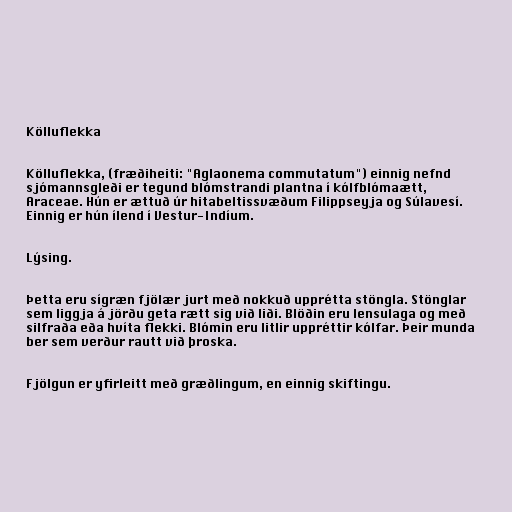
Kölluflekka

Kölluflekka, (fræðiheiti: "Aglaonema commutatum") einnig nefnd
sjómannsgleði er tegund blómstrandi plantna í kólfblómaætt,
Araceae. Hún er ættuð úr hitabeltissvæðum Filippseyja og Súlavesí.
Einnig er hún ílend í Vestur-Indíum.

Lýsing.

Þetta eru sígræn fjölær jurt með nokkuð upprétta stöngla. Stönglar
sem liggja á jörðu geta rætt sig við liði. Blöðin eru lensulaga og með
silfraða eða hvíta flekki. Blómin eru litlir uppréttir kólfar. Þeir munda
ber sem verður rautt við þroska.

Fjölgun er yfirleitt með græðlingum, en einnig skiftingu.